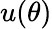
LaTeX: u(\theta)